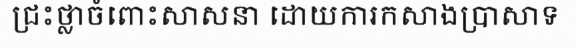
ជ្រះថ្លាចំពោះសាសនា ដោយការកសាងប្រាសាទ